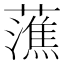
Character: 𧀡